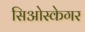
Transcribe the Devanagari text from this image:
सिओस्केगर